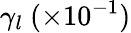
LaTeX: \gamma_{l}~(\times 10^{-1})